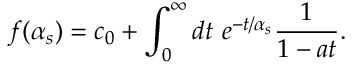
f ( \alpha _ { s } ) = c _ { 0 } + \int _ { 0 } ^ { \infty } d t \ e ^ { - t / \alpha _ { s } } { \frac { 1 } { 1 - a t } } .